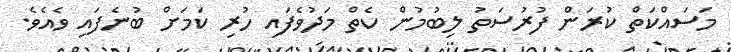
މަސައްކަތް ކުރަން ފުރުސަތު ލިބުމުން ކެތް މަދުވެފައި ހުރި ކަމަށް ބުނެފައި ވެއެވެ.